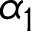
\alpha _ { 1 }